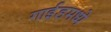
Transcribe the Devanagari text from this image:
गाईडमध्ये